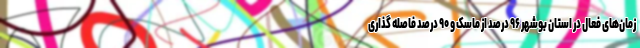
زمان‌های فعال در استان بوشهر ۹۶ درصد از ماسک و ۹۰ درصد فاصله گذاری